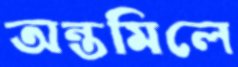
অন্তমিলে